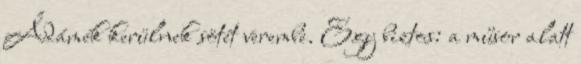
Ádámék kerülnek sötét verembe. Egy biztos: a műsor alatt